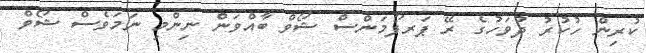
ކުރިން ހުކުރު ދުވަހުގެ ރޭ ޕަރފޯމަންސް ޝޯވް ބާއްވަން ނިންމި ނަމަވެސް ޝޯވް